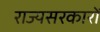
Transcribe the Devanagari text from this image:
राज्यसरकारों